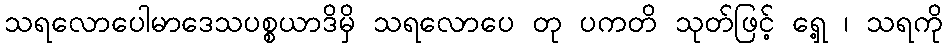
သရလောပေါမာဒေသပစ္စယာဒိမှိ သရလောပေ တု ပကတိ သုတ်ဖြင့် ရှေ့ ၊ သရကို